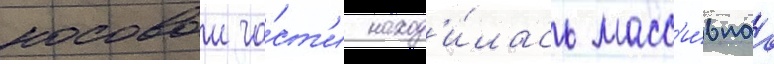
носовои ча́ст'и наход'и́лась масс'и́внаа